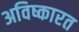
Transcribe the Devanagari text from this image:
अविष्कारत